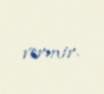
vermir.